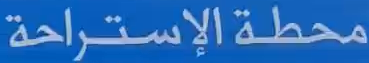
محطة الإستراحة